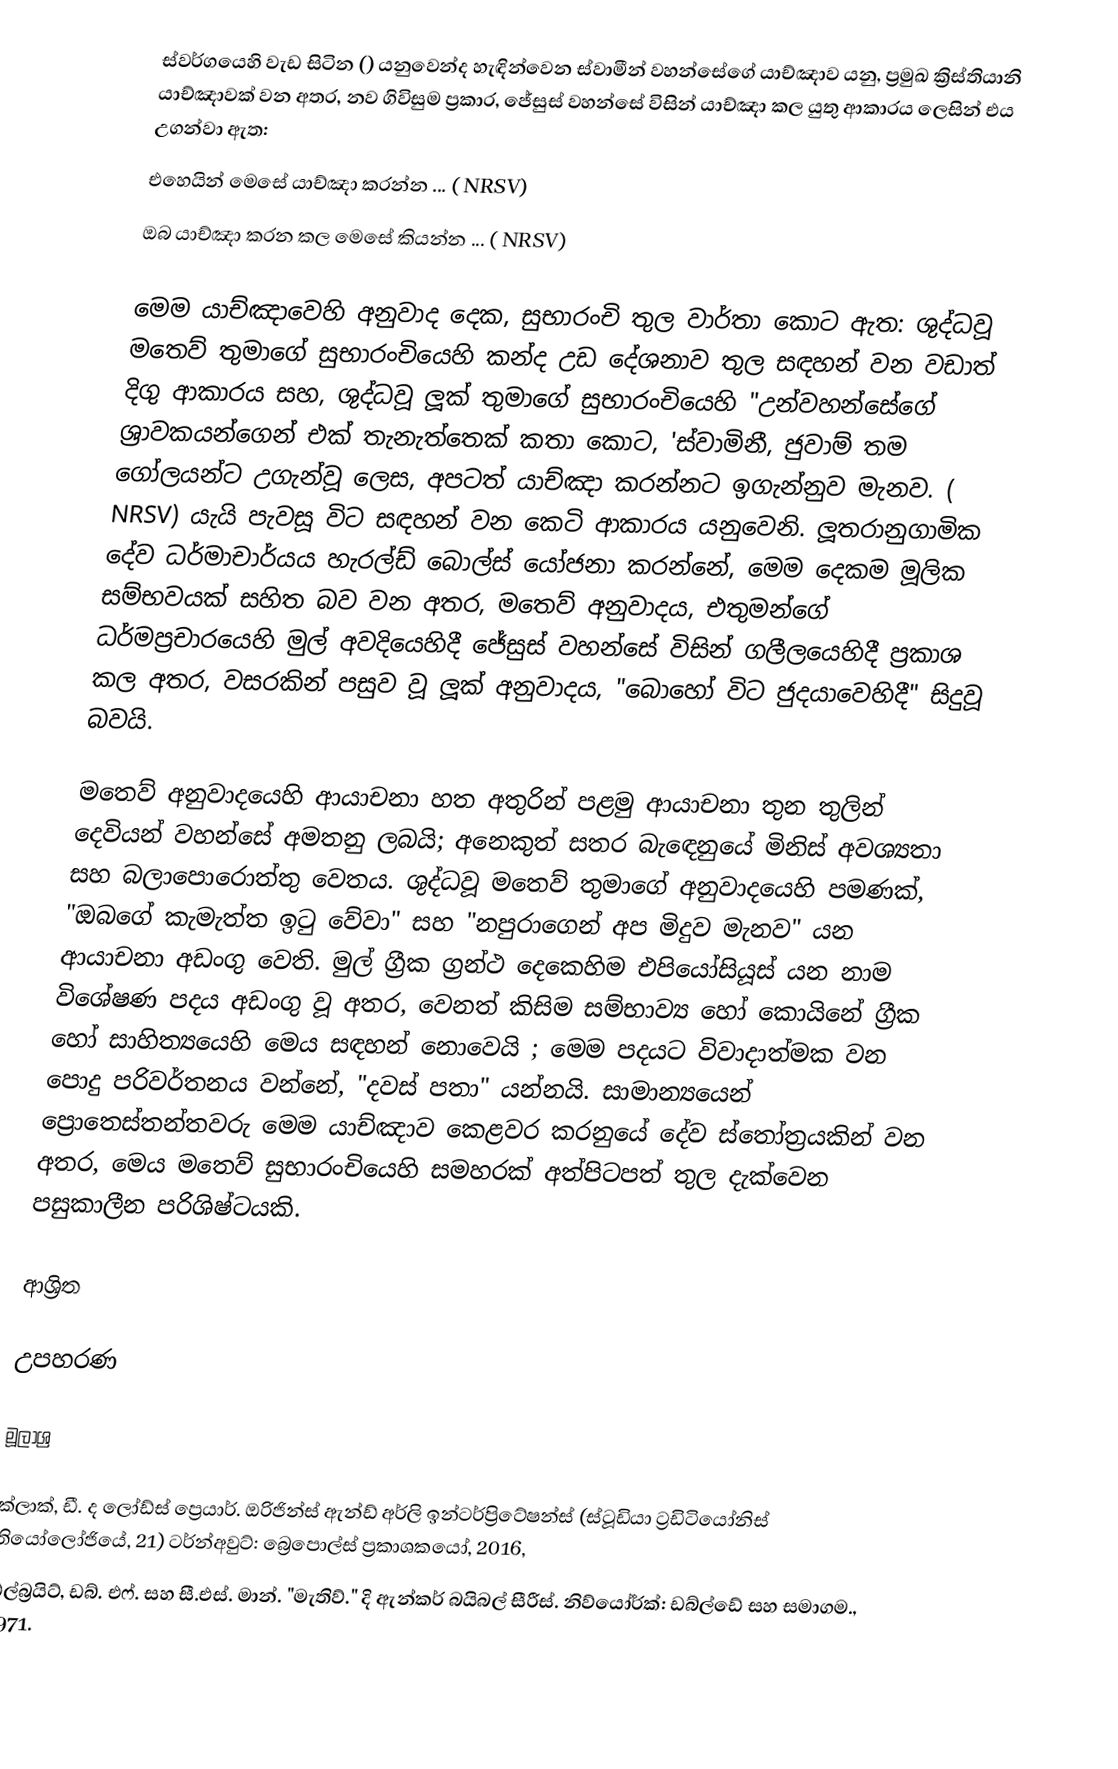
ස්වර්ගයෙහි වැඩ සිටින () යනුවෙන්ද හැඳින්වෙන ස්වාමීන් වහන්සේගේ යාච්ඤාව යනු, ප්‍රමුඛ ක්‍රිස්තියානි යාච්ඤාවක් වන අතර, නව ගිවිසුම ප්‍රකාර, ජේසුස් වහන්සේ  විසින් යාච්ඤා කල යුතු ආකාරය ලෙසින් එය උගන්වා ඇත:
එහෙයින් මෙසේ යාච්ඤා කරන්න ... ( NRSV)
ඔබ යාච්ඤා කරන කල මෙසේ කියන්න ... ( NRSV)

මෙම යාච්ඤාවෙහි අනුවාද දෙක, සුභාරංචි තුල වාර්තා කොට ඇත:  ශුද්ධවූ මතෙව් තුමාගේ සුභාරංචියෙහි කන්ද උඩ දේශනාව තුල සඳහන් වන වඩාත් දිගු ආකාරය සහ, ශුද්ධවූ ලූක් තුමාගේ සුභාරංචියෙහි "උන්වහන්සේගේ ශ්‍රාවකයන්ගෙන් එක් තැනැත්තෙක් කතා කොට, 'ස්වාමිනී, ජුවාම් තම ගෝලයන්ට උගැන්වූ ලෙස, අපටත් යාච්ඤා කරන්නට ඉගැන්නුව මැනව. ( NRSV) යැයි පැවසූ විට සඳහන් වන කෙටි ආකාරය යනුවෙනි. ලූතරානුගාමික දේව ධර්මාචාර්යය හැරල්ඩ් බොල්ස් යෝජනා කරන්නේ, මෙම දෙකම මූලික සම්භවයක් සහිත බව වන අතර, මතෙව් අනුවාදය, එතුමන්ගේ ධර්මප්‍රචාරයෙහි මුල් අවදියෙහිදී ජේසුස් වහන්සේ විසින් ගලීලයෙහිදී ප්‍රකාශ කල අතර, වසරකින් පසුව වූ ලූක් අනුවාදය, "බොහෝ විට ජුදයාවෙහිදී" සිදුවූ බවයි.

මතෙව් අනුවාදයෙහි ආයාචනා හත අතුරින් පළමු ආයාචනා තුන තුලින් දෙවියන් වහන්සේ අමතනු ලබයි; අනෙකුත් සතර බැ‌ඳෙනුයේ මිනිස් අවශ්‍යතා සහ බලාපොරොත්තු වෙතය. ශුද්ධවූ මතෙව් තුමාගේ අනුවාදයෙහි පමණක්,  "ඔබගේ කැමැත්ත ඉටු වේවා" සහ "නපුරාගෙන් අප මිදුව මැනව"  යන ආයාචනා අඩංගු වෙති. මුල් ග්‍රීක ග්‍රන්ථ දෙකෙහිම එපියෝසියූස් යන නාම විශේෂණ පදය අඩංගු වූ අතර, වෙනත් කිසිම සම්භාව්‍ය හෝ කොයිනේ ග්‍රීක හෝ සාහිත්‍යයෙහි මෙය සඳහන් නොවෙයි ; මෙම පදයට විවාදාත්මක වන පොදු පරිවර්තනය වන්නේ, "දවස් පතා" යන්නයි. සාමාන්‍යයෙන් ප්‍රොතෙස්තන්තවරු මෙම යාච්ඤාව කෙළවර කරනුයේ  දේව ස්තෝත්‍රයකින් වන අතර, මෙය මතෙව් සුභාරංචියෙහි සමහරක් අත්පිටපත් තුල දැක්වෙන පසුකාලීන පරිශිෂ්ටයකි.

ආශ්‍රිත

උපහරණ

මූලාශ්‍ර

 ක්ලාක්, ඩී. ද ලෝඩ්ස් ප්‍රෙයාර්. ඔරිජින්ස් ඇන්ඩ් අර්ලි ඉන්ටර්ප්‍රිටේෂන්ස් (ස්ටූඩියා ට්‍රඩිටියෝනිස්  තියෝලෝජියේ, 21) ටර්න්අවුට්: බ්‍රෙපොල්ස් ප්‍රකාශකයෝ, 2016,
 ඕල්බ්‍රයිට්, ඩබ්. එෆ්. සහ සී.එස්. මාන්. "මැතිව්." දි ඇන්කර් බයිබල් සීරීස්. නිව්යෝර්ක්: ඩබ්ල්ඩේ සහ සමාගම., 1971.